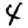
Digit: 4